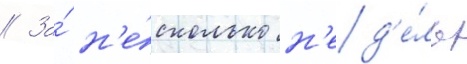
// За́ н'е́сколько н'ед'е́ль